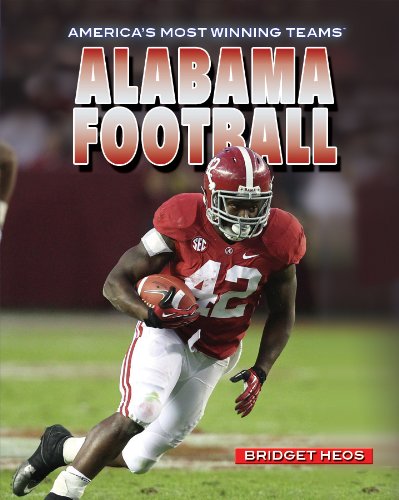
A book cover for Alabama Football (America's Most Winning Teams); Bridget Heos; Teen & Young Adult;